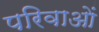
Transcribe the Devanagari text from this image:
परिवाओं